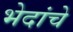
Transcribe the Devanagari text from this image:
भेदांचे